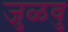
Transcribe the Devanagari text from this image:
जुळवु